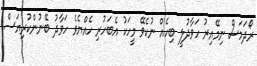
ރޯދަމަސް ނިމޭއިރު ހަވާދުލީ ބިހެއް ނުކެވޭ މީހަކު އެބަހުރި ހެއްޔެވެ ހަވާދު ބޭނުންކުރިޔަސް